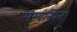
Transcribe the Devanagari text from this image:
सम्बन्धित्